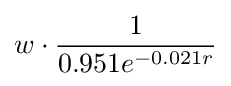
w\cdot {\frac {1}{0.951e^{-0.021r}}}